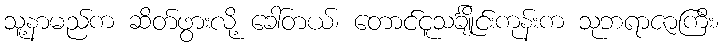
သူ့နာမည်က ဆိတ်ဖွားလို့ ခေါ်တယ်၊ တောင်ငူသင်္ချိုင်းကုန်းက သုဘရာဇာကြီး၊